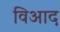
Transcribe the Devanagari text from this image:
विआद